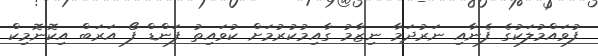
ފުވައްމުލަކުގެ ފެނާއި ނަރުދަމާ ނިޒާމު ގާއިމުކުރުމަށް ކުވައިތު ފަންޑް ފޯ އަރަބް އިކޮނޮމިކް